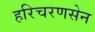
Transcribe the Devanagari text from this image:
हरिचरणसेन